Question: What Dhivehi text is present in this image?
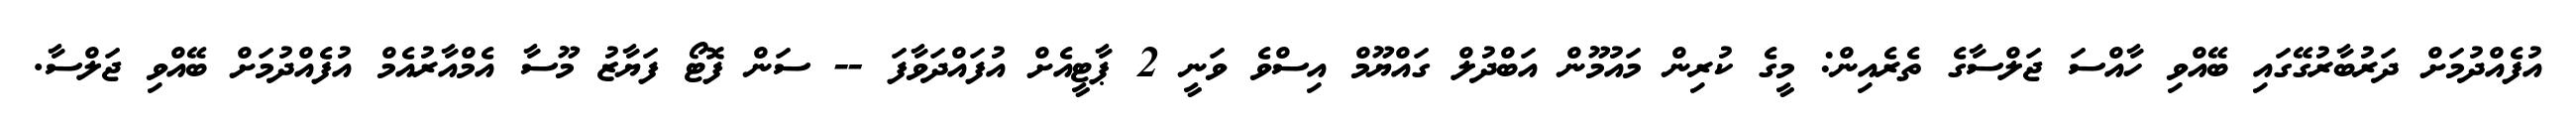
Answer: އުފެއްދުމަށް ދަރުބާރުގޭގައި ބޭއްވި ހާއްސަ ޖަލްސާގެ ތެރެއިން: މީގެ ކުރިން މައުމޫން އަބްދުލް ގައްޔޫމް އިސްވެ ވަނީ 2 ޕާޓީއެށް އުފައްދަވާފަ -- ސަން ފޮޓޯ ފަޔާޒު މޫސާ އެމްއާރުއެމް އުފެއްދުމަށް ބޭއްވި ޖަލްސާ.